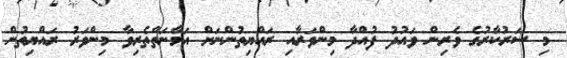
މި ސަރުކާރުގެ ވެރިން ވައުދު ފުއްދާ މިންވަރާއި ރައްޔިތުންނަށް އަމާނަތްތެރިވާ މިންވަރު ރައްޔިތުން